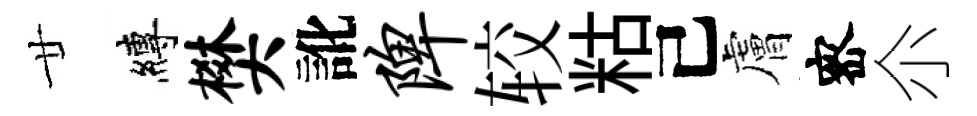
廿縛樊訛陴较䊀己膚宻尒